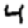
Digit: 4